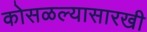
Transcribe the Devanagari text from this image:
कोसळल्यासारखी